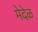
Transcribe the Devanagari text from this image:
मेदेळ